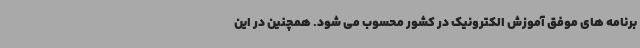
برنامه های موفق آموزش الکترونیک در کشور محسوب می شود. همچنین در این